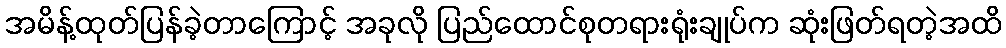
အမိန့်ထုတ်ပြန်ခဲ့တာကြောင့် အခုလို ပြည်ထောင်စုတရားရုံးချုပ်က ဆုံးဖြတ်ရတဲ့အထိ